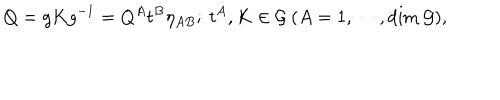
LaTeX: Q = g K g ^ { - 1 } = Q ^ { A } t ^ { B } \eta _ { A B } ; ~ t ^ { A } , K \in { \cal G } ~ ( A = 1 , \cdots , \mathrm { d i m } ~ { \cal G } ) ,